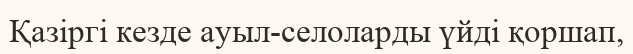
Қазіргі кезде ауыл-селоларды үйді қоршап,